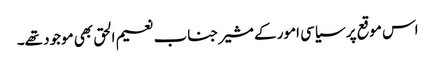
اس موقع پر سیاسی امور کے مشیر جناب نعیم الحق بھی موجود تھے۔